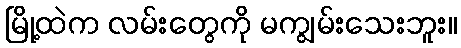
မြို့ထဲက လမ်းတွေကို မကျွမ်းသေးဘူး။